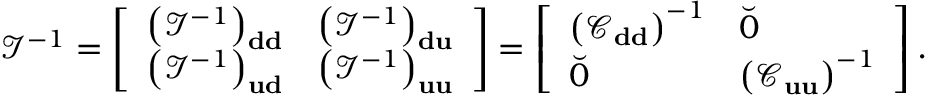
\mathcal { I } ^ { - 1 } = \left[ \begin{array} { l l } { \left( \mathcal { I } ^ { - 1 } \right) _ { \bf d d } } & { \left( \mathcal { I } ^ { - 1 } \right) _ { \bf d u } } \\ { \left( \mathcal { I } ^ { - 1 } \right) _ { \bf u d } } & { \left( \mathcal { I } ^ { - 1 } \right) _ { \bf u u } } \end{array} \right] = \left[ \begin{array} { l l } { \left( \mathcal { C } _ { \bf d d } \right) ^ { - 1 } } & { \breve { 0 } } \\ { \breve { 0 } } & { \left( \mathcal { C } _ { \bf u u } \right) ^ { - 1 } } \end{array} \right] .